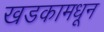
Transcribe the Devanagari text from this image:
खडकामधून